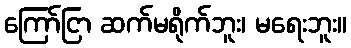
ကြော်ငြာ ဆက်မရိုက်ဘူး၊ မရေးဘူး။